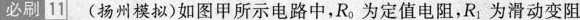
必刷11(扬州模拟)如图甲所示电路中，R_{0}为定值电阻，R_{1}为滑动变阻